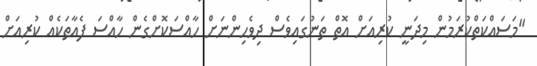
"މަސައްކަތްކުރަމުން މިދަނީ ކުރިއަށް އޮތް ތަނުގައިވެސް ދިވެހިންނަށް ހާއްސަކޮށްގެން ހާއްސަ ފެއާތަކެއް ކުރިއަށް